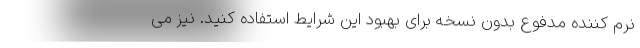
نرم کننده مدفوع بدون نسخه برای بهبود این شرایط استفاده کنید. نیز می